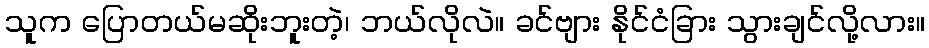
သူက ပြောတယ်မဆိုးဘူးတဲ့၊ ဘယ်လိုလဲ။ ခင်ဗျား နိုင်ငံခြား သွားချင်လို့လား။